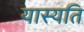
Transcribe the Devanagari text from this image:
यास्यति